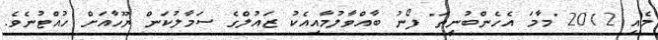
މެއި 2012 "މާމަ އެހެންބުނީތަ" ފޯނު ބާއްވާލުމާއިއެކު ޒައުލްގެ ސަމާލުކަން ޔޫހާއަށް ހުއްޓުނެވެ.